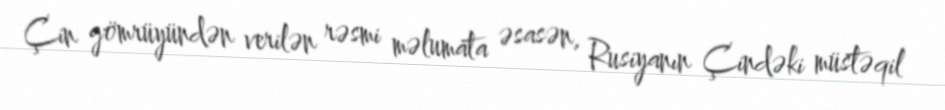
Çin gömrüyündən verilən rəsmi məlumata əsasən, Rusiyanın Çindəki müstəqil